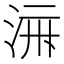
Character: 𱦛